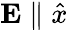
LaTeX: \mathbf{E}\parallel\hat{x}